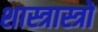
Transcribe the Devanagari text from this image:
शास्त्रास्त्रों